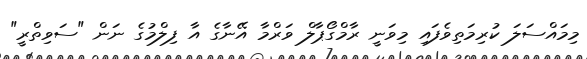
މިމައްސަލަ ކުރިމަތިވެފައި މިވަނީ ރާމްގޯޕާލް ވަރްމާ އޭނާގެ އާ ފިލްމުގެ ނަން "ސަވިތްރީ"